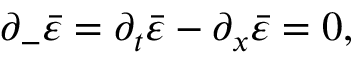
\partial _ { - } \bar { \varepsilon } = \partial _ { t } \bar { \varepsilon } - \partial _ { x } \bar { \varepsilon } = 0 ,